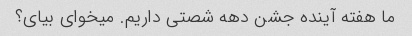
ما هفته آینده جشن دهه شصتی داریم. میخوای بیای؟